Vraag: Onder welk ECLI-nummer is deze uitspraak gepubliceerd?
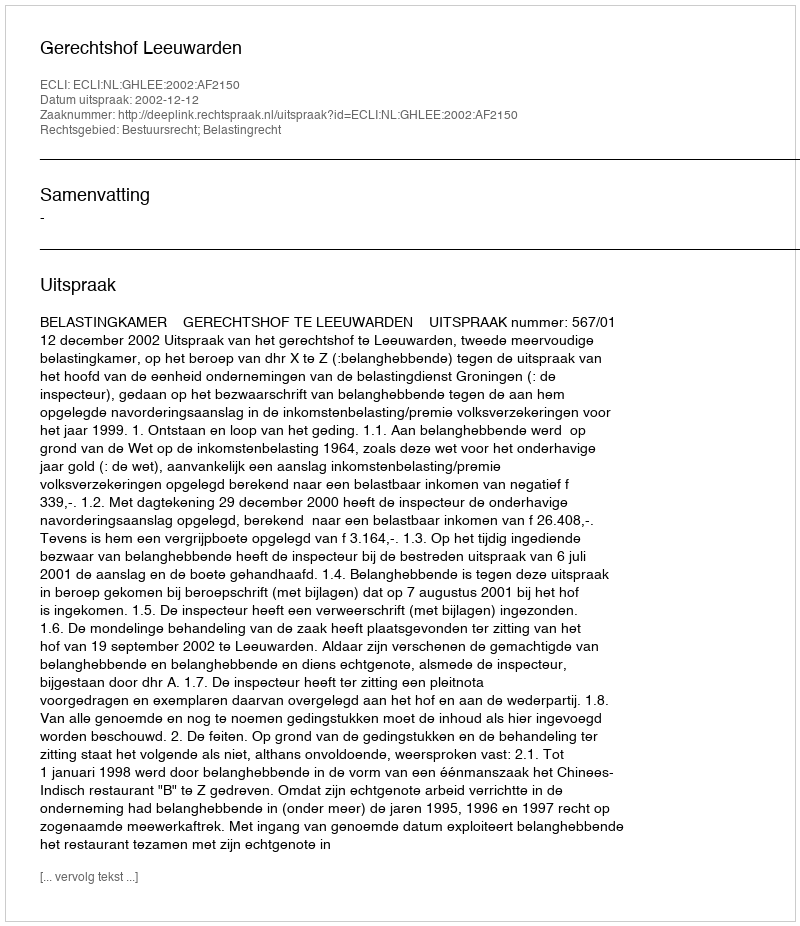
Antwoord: ECLI:NL:GHLEE:2002:AF2150